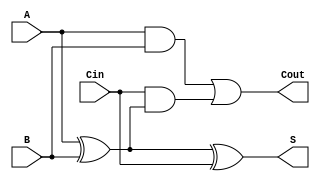
module full_adder (
    input  wire A,     // First input bit
    input  wire B,     // Second input bit
    input  wire Cin,   // Carry-in bit
    output wire S,     // Sum output
    output wire Cout   // Carry-out output
);

// Logic for sum output (S)
assign S = A ^ B ^ Cin;

// Logic for carry-out output (Cout)
assign Cout = (A & B) | (Cin & (A ^ B));

endmodule